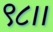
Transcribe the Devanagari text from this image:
९८।।